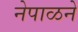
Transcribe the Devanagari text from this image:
नेपाळने